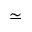
\simeq